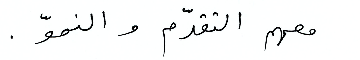
معهم التقدّم والنموّ.